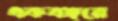
একবছরে